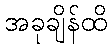
အခုချိန်ထိ